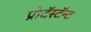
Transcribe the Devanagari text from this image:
प्रोटॅस्टॅन्ट